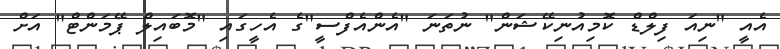
އެއީ "ނިއަ ފިލްޑް ކޮމިއުނިކޭޝަން" ނުތަނަ "އެންއެފްސީ"ގެ އެހީގައި "މޮބައިލް ޕޭމަންޓް" އަށް